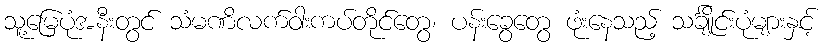
သူ့မြေပုံအနီးတွင် သံမဏိလက်ဝါးကပ်တိုင်တွေ၊ ပန်းခွေတွေ ဖုံးနေသည့် သင်္ချိုင်းပုံများနှင့်